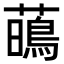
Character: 𧁢